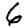
Digit: 6